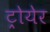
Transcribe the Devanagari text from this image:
ट्रोयेर